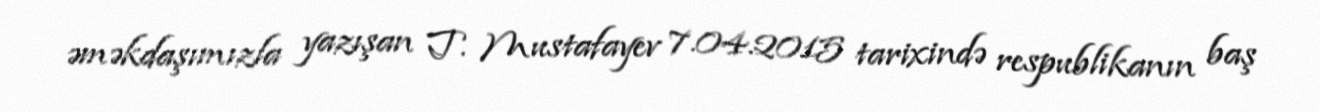
əməkdaşımızla yazışan T. Mustafayev 7.04.2015 tarixində respublikanın baş